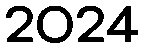
2024